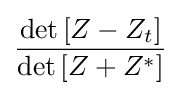
{\dfrac {\det {\left[Z-Z_{t}\right]}}{\det {\left[Z+Z^{*}\right]}}}